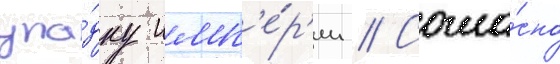
упа́дку имп'е́р'ии // Согла́сно